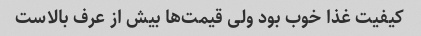
کیفیت غذا خوب بود ولی قیمت‌ها بیش از عرف بالاست